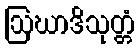
ဩဃာဒိသုတ္တံ